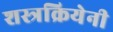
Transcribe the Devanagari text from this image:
शस्त्रक्रियेनी